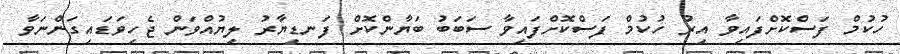
ހުކުމް ފަސްކޮށްފައިވާ އިރު ހުކުމް ފަސްކޮށްފައިވާ ސަބަބު ބަޔާންކޮށް ފަނޑިޔާރު ލިޔުއްވަން ޖެހިވަޑައިގަންނަވާ